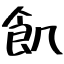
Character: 飢